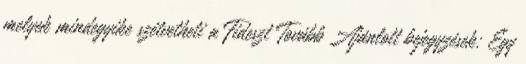
melyek mindegyike szétvetheti a Fideszt Tovább Ajánlott bejegyzések: Egy